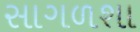
સાગળશા